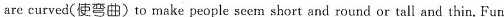
are curved(使弯曲) to make people seem short and round or tall and thin. Fun